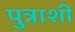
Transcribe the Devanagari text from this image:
पुत्राशी